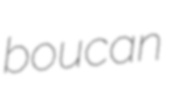
boucan